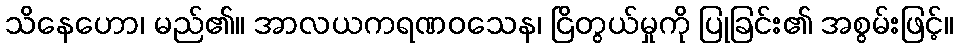
သိနေဟော၊ မည်၏။ အာလယကရဏဝသေန၊ ငြိတွယ်မှုကို ပြုခြင်း၏ အစွမ်းဖြင့်။